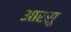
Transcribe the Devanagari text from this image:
आरसु